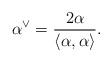
LaTeX: \begin{align*} \alpha^\vee=\frac{2\alpha}{\langle\alpha,\alpha\rangle}.\end{align*}